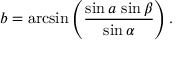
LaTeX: b = \arcsin \left( { \frac { \sin a \, \sin \beta } { \sin \alpha } } \right) .